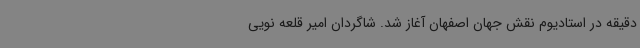
دقیقه در استادیوم نقش جهان اصفهان آغاز شد. شاگردان امیر قلعه نویی